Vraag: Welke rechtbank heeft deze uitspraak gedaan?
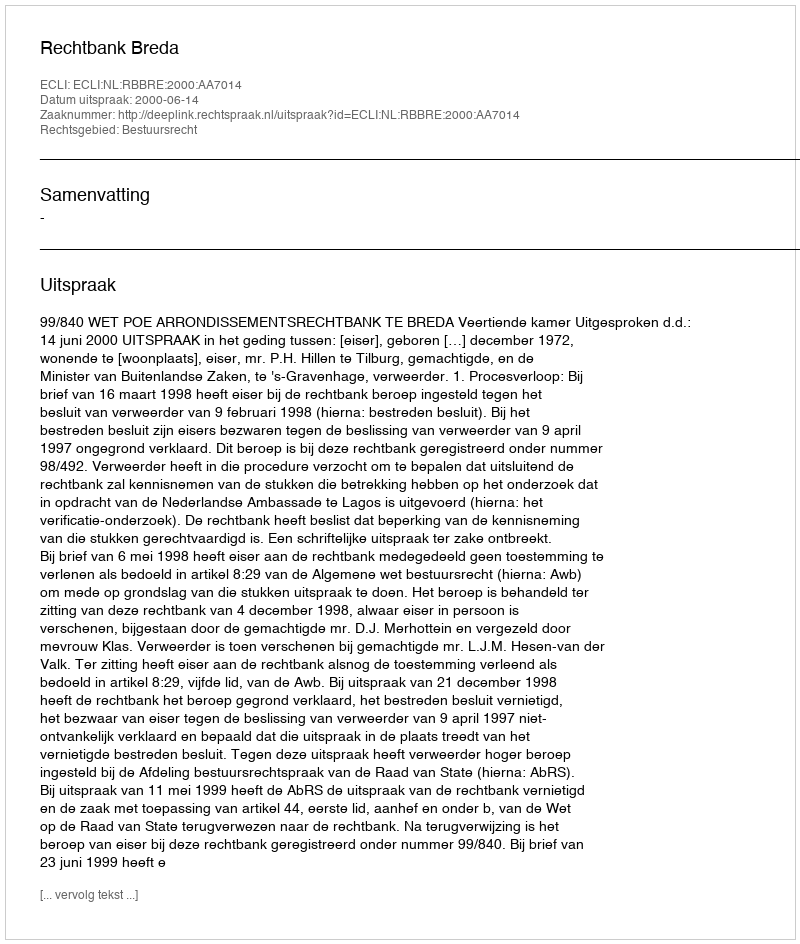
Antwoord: Rechtbank Breda